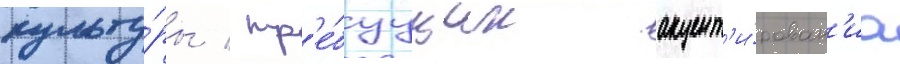
культу́ры / тр'е́буущих акцент'и́рован'иа